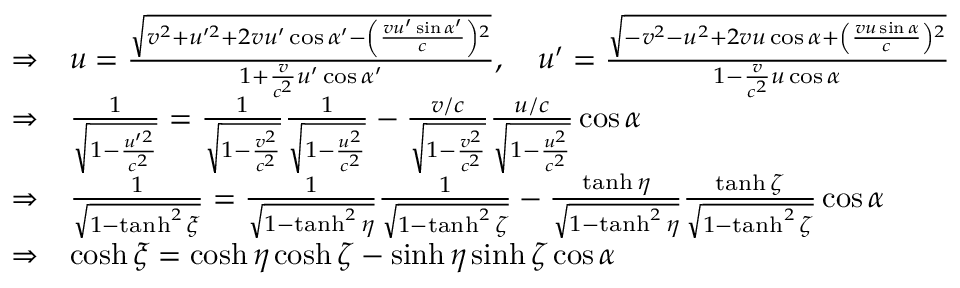
\begin{array} { l l } { \Rightarrow } & { u = { \frac { \sqrt { v ^ { 2 } + u ^ { \prime 2 } + 2 v u ^ { \prime } \cos \alpha ^ { \prime } - \left( { \frac { v u ^ { \prime } \sin \alpha ^ { \prime } } { c } } \right) { } ^ { 2 } } } { 1 + { \frac { v } { c ^ { 2 } } } u ^ { \prime } \cos \alpha ^ { \prime } } } , \quad u ^ { \prime } = { \frac { \sqrt { - v ^ { 2 } - u ^ { 2 } + 2 v u \cos \alpha + \left( { \frac { v u \sin \alpha } { c } } \right) { } ^ { 2 } } } { 1 - { \frac { v } { c ^ { 2 } } } u \cos \alpha } } } \\ { \Rightarrow } & { { \frac { 1 } { \sqrt { 1 - { \frac { u ^ { \prime 2 } } { c ^ { 2 } } } } } } = { \frac { 1 } { \sqrt { 1 - { \frac { v ^ { 2 } } { c ^ { 2 } } } } } } { \frac { 1 } { \sqrt { 1 - { \frac { u ^ { 2 } } { c ^ { 2 } } } } } } - { \frac { v / c } { \sqrt { 1 - { \frac { v ^ { 2 } } { c ^ { 2 } } } } } } { \frac { u / c } { \sqrt { 1 - { \frac { u ^ { 2 } } { c ^ { 2 } } } } } } \cos \alpha } \\ { \Rightarrow } & { { \frac { 1 } { \sqrt { 1 - \operatorname { t a n h } ^ { 2 } \xi } } } = { \frac { 1 } { \sqrt { 1 - \operatorname { t a n h } ^ { 2 } \eta } } } { \frac { 1 } { \sqrt { 1 - \operatorname { t a n h } ^ { 2 } \zeta } } } - { \frac { \operatorname { t a n h } \eta } { \sqrt { 1 - \operatorname { t a n h } ^ { 2 } \eta } } } { \frac { \operatorname { t a n h } \zeta } { \sqrt { 1 - \operatorname { t a n h } ^ { 2 } \zeta } } } \cos \alpha } \\ { \Rightarrow } & { \cosh \xi = \cosh \eta \cosh \zeta - \sinh \eta \sinh \zeta \cos \alpha } \end{array}